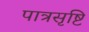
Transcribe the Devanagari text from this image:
पात्रसृष्टि